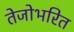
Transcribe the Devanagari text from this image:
तेजोभरित